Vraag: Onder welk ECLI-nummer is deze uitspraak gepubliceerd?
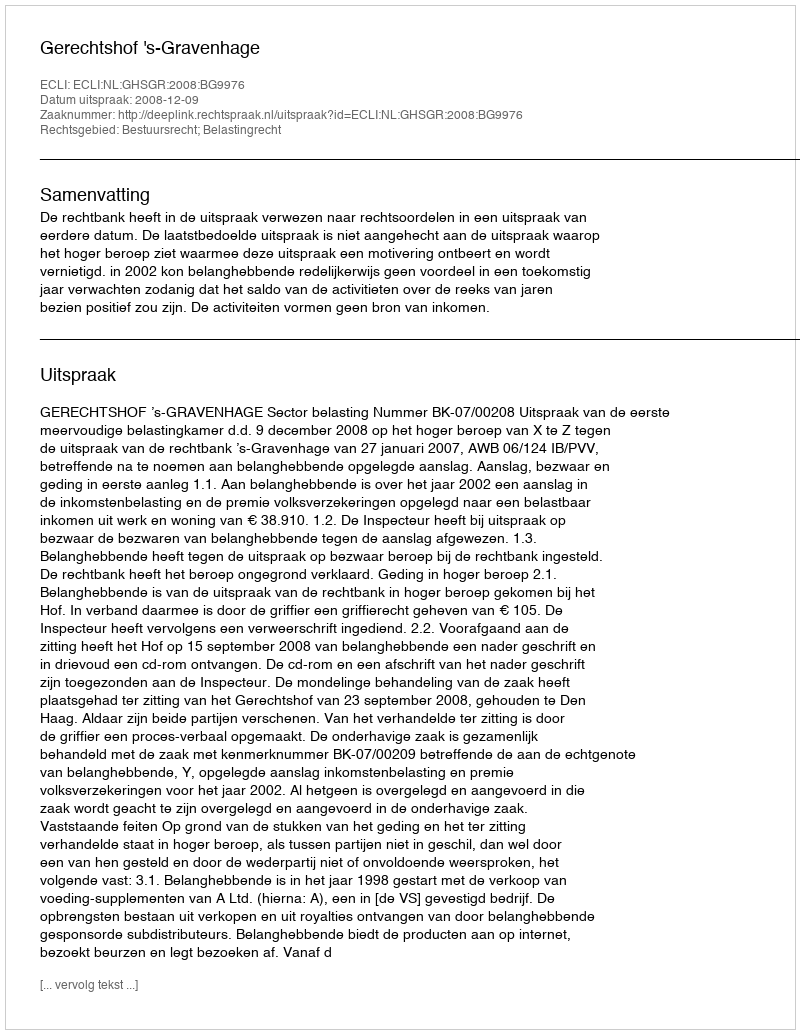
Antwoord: ECLI:NL:GHSGR:2008:BG9976